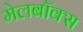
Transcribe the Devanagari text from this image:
मेलबाॅक्स